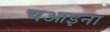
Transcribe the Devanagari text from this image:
चआइना